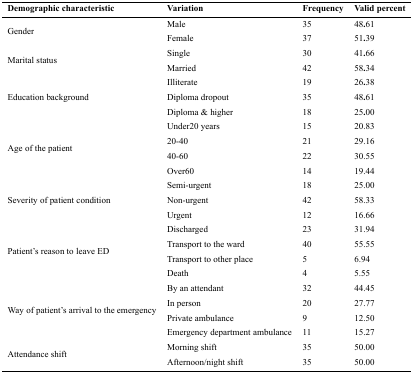
| Demographic characteristic | Variation | Frequency | Valid percent |
 | --- | --- | --- | --- |
 | <ROWSPAN=2> Gender | Male | 35 | 48.61 |
 | Female | 37 | 51.39 |
 | <ROWSPAN=2> Marital status | Single | 30 | 41.66 |
 | Married | 42 | 58.34 |
 | <ROWSPAN=3> Education background | Illiterate | 19 | 26.38 |
 | Diploma dropout | 35 | 48.61 |
 | Diploma & higher | 18 | 25.00 |
 | <ROWSPAN=4> Age of the patient | Under 20 years | 15 | 20.83 |
 | 20-40 | 21 | 29.16 |
 | 40-60 | 22 | 30.55 |
 | Over 60 | 14 | 19.44 |
 | <ROWSPAN=3> Severity of patient condition | Semi-urgent | 18 | 25.00 |
 | Non-urgent | 42 | 58.33 |
 | Urgent | 12 | 16.66 |
 | <ROWSPAN=4> Patient’s reason to leave ED | Discharged | 23 | 31.94 |
 | Transport to the ward | 40 | 55.55 |
 | Transport to other place | 5 | 6.94 |
 | Death | 4 | 5.55 |
 | <ROWSPAN=4> Way of patient’s arrival to the emergency | By an attendant | 32 | 44.45 |
 | In person | 20 | 27.77 |
 | Private ambulance | 9 | 12.50 |
 | Emergency department ambulance | 11 | 15.27 |
 | <ROWSPAN=2> Attendance shift | Morning shift | 35 | 50.00 |
 | Afternoon/night shift | 35 | 50.00 |